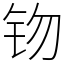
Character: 䥼